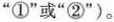
”①”或”②”)。